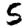
Digit: 5